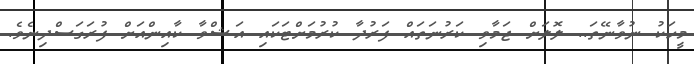
މީހަކު ނުވާނޭތަ.. ލޮލަށް ޖަމާވި ކަރުނަތައް ފަރުދާ ކުރުމަށްޓަކައި އަޝްވާ ކާއިންއަށް ފުރަގަސްދިނެވެ.